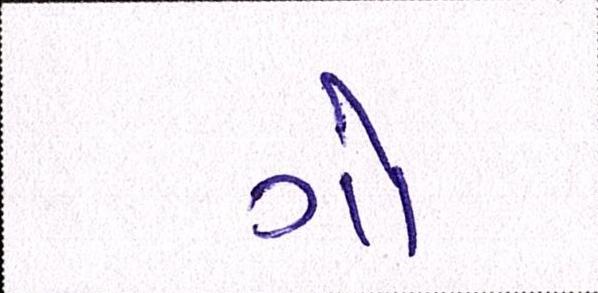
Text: ગો